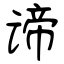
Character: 谛